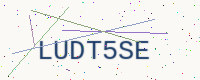
Text: LUDT5SE